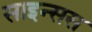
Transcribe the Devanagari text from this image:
साइन्सस